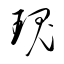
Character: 瑰